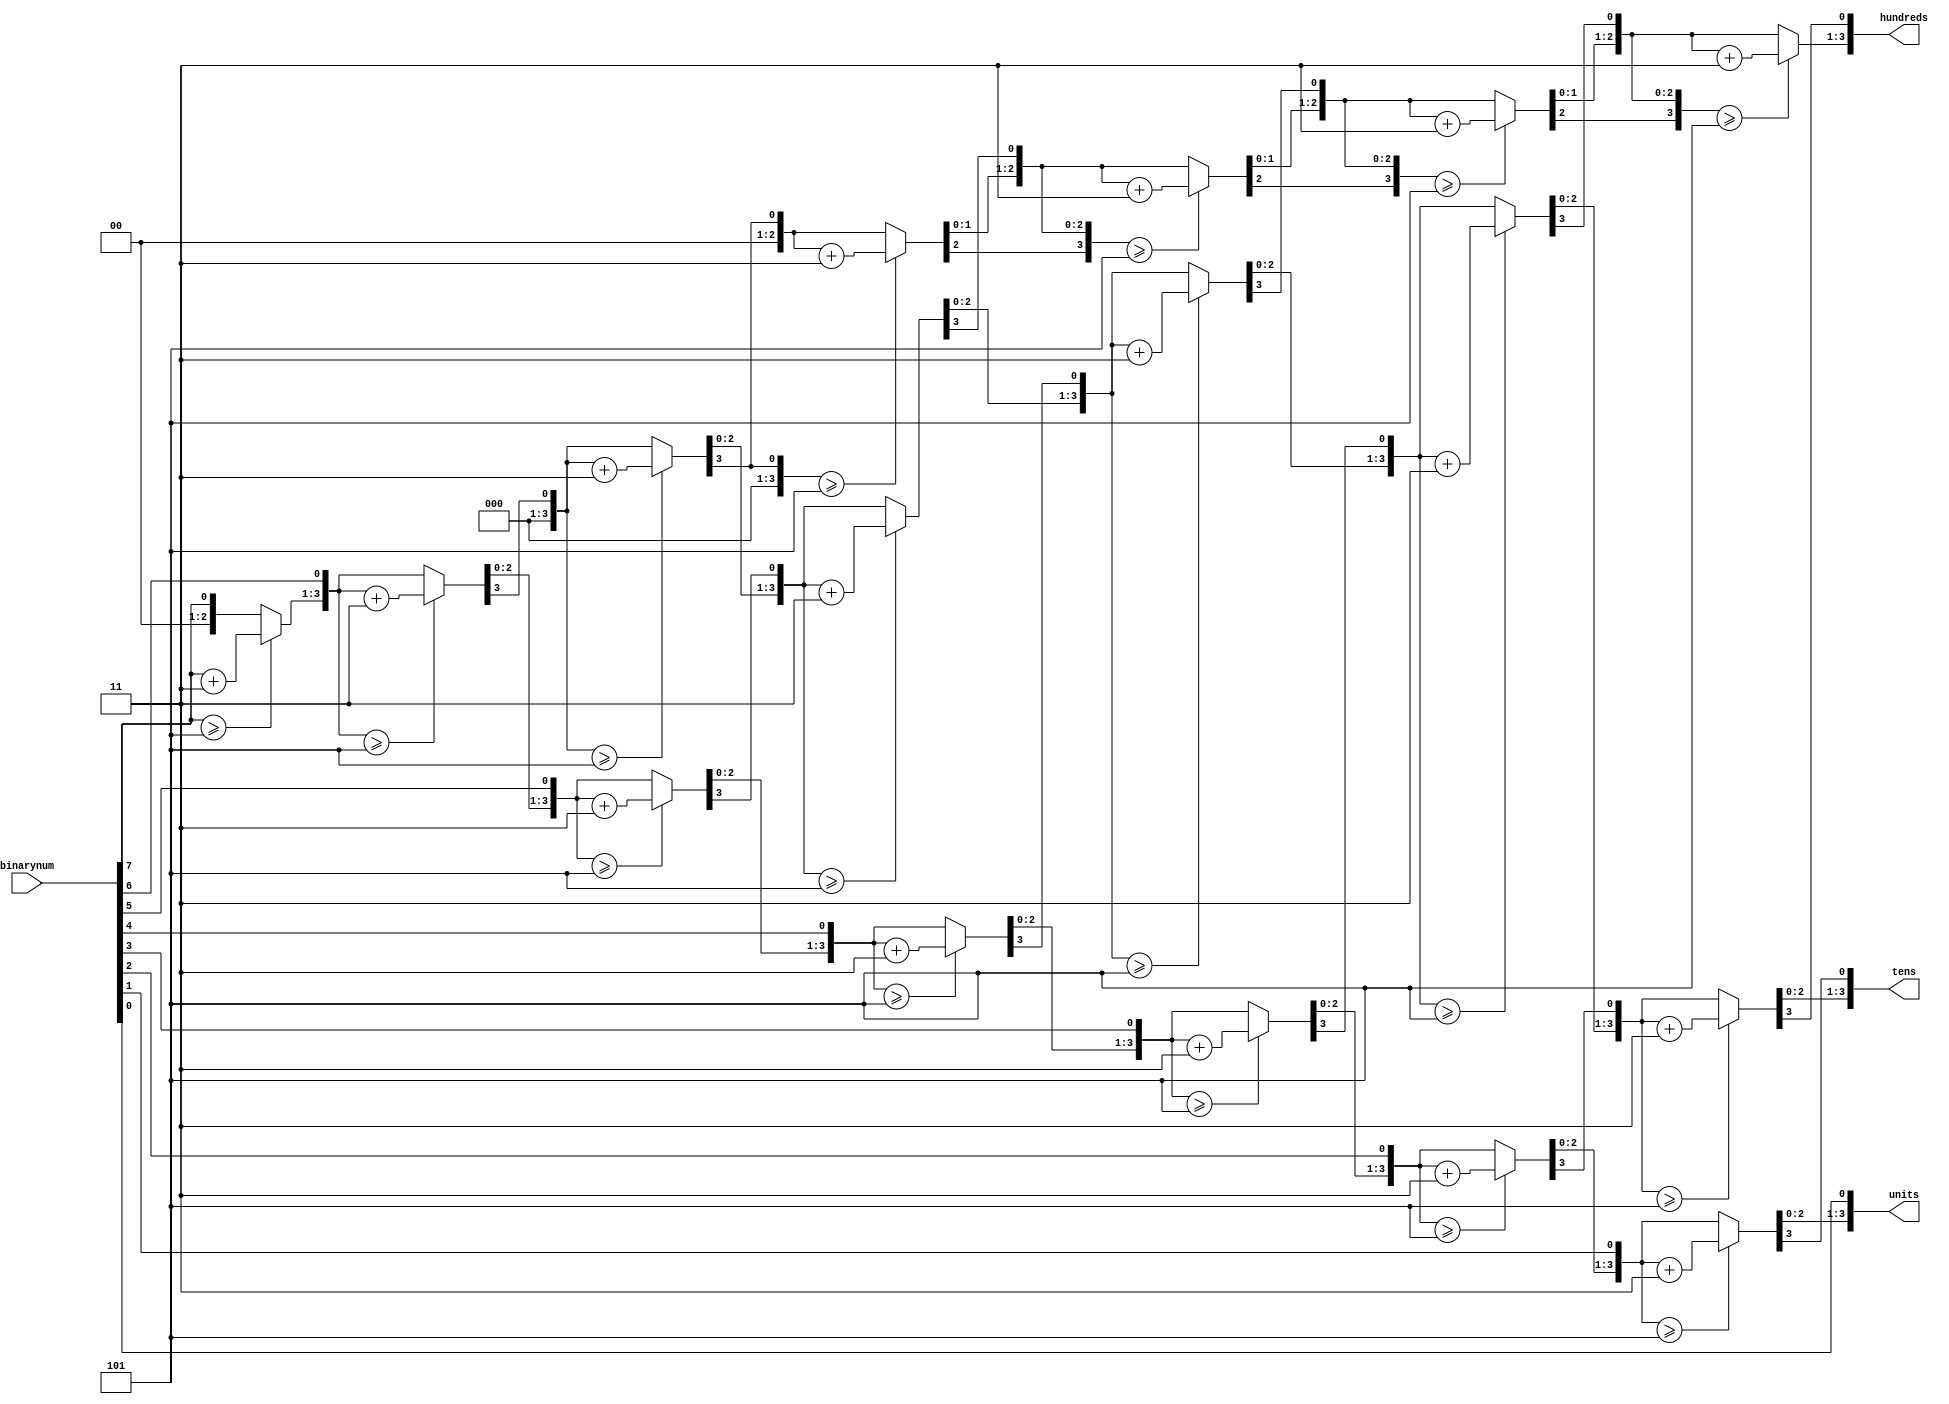
`timescale 1ns / 1ps


module bcd(
    input [7:0] binarynum,
    output reg [3:0] units,
    output  reg [3:0] tens,
    output  reg [3:0] hundreds
    );
    reg [19:0] shift;
    integer a;

    always @(binarynum)
    begin
    shift[7:0]= binarynum;
    shift[19:8]=0;
    for(a=0;a<8;a=a+1)
    begin
         if(shift[11:8] >=5)
            shift[11:8]=shift[11:8] +3;
          if(shift[15:12] >= 5)
            shift[15:12] =shift[15:12] +3;
          if(shift[19:16] >= 5)
               shift[19:16] =shift[19:16] +3;
          
         shift=shift<<1;
    end
     hundreds=shift[19:16];
        tens=shift[15:12];
        units=shift[11:8];
    end
    
    
    
    
endmodule